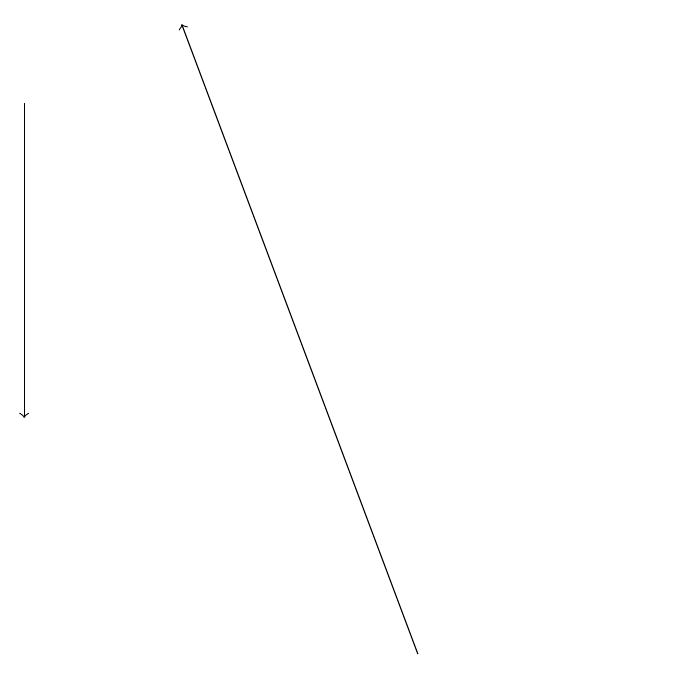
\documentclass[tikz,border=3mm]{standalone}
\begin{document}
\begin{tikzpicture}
\draw (11,12) circle (0);
\draw[->] (3,18) -- (3,14);
\draw[->] (8,11) -- (5,19);
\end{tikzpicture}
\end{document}